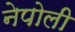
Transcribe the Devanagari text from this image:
नेपोली